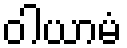
ဝါယာမံ